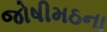
જોષીમઠના